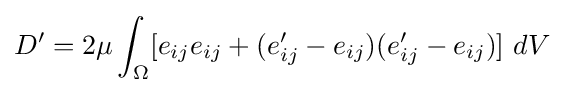
D'=2\mu \int _{\Omega }[e_{ij}e_{ij}+(e_{ij}'-e_{ij})(e_{ij}'-e_{ij})]\ dV